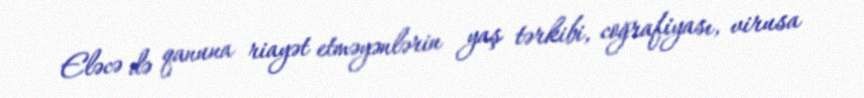
Eləcə də qanuna riayət etməyənlərin yaş tərkibi, coğrafiyası, virusa